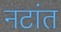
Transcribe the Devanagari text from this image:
नटांत